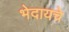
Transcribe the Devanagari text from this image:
भेदायचे